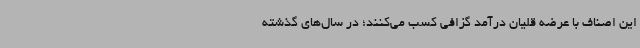
این اصناف با عرضه قلیان درآمد گزافی کسب می‌کنند؛ در سال‌های گذشته